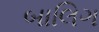
બાલિગ